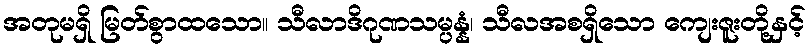
အတုမရှိ မြတ်စွာထသော။ သီလာဒိဂုဏသမ္ပန္နံ၊ သီလအစရှိသော ကျေးဇူးတို့နှင့်